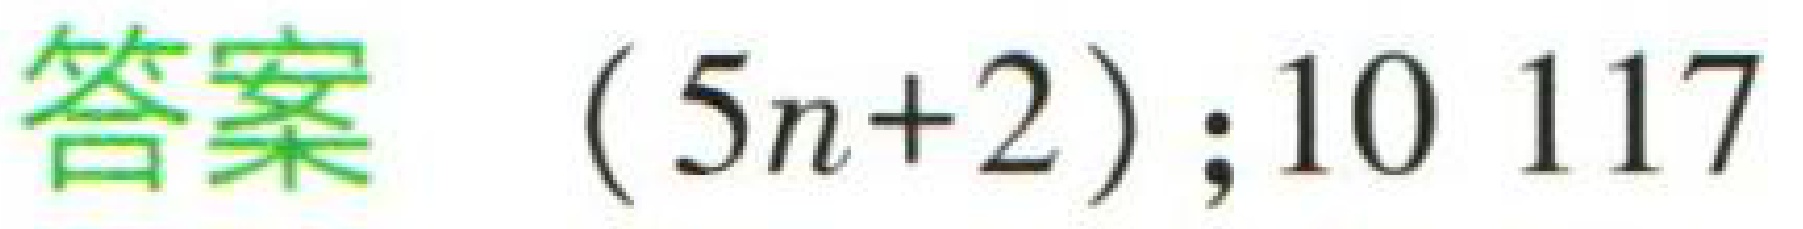
答案 $(5n + 2);10\ 117$